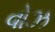
વોઝ